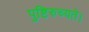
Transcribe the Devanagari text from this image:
पुष्टिरुच्यते।